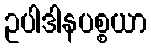
ဥပါဒါနပစ္စယာ